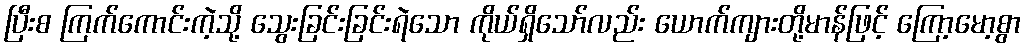
ပြီးစ ကြက်ကောင်းကဲ့သို့ သွေးခြင်းခြင်းရဲသော ကိုယ်ရှိသော်လည်း ယောက်ကျားတို့မာန်ဖြင့် ကြော့မော့စွာ